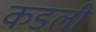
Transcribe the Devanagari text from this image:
कडली